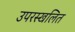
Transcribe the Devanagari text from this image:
उपरस्खलित